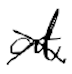
Text: at
Cross-out: cross
Writing tool: digital_black